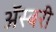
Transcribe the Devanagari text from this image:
ॲस्बरी